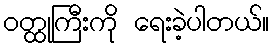
ဝတ္ထုကြီးကို ရေးခဲ့ပါတယ်။